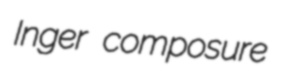
Inger composure